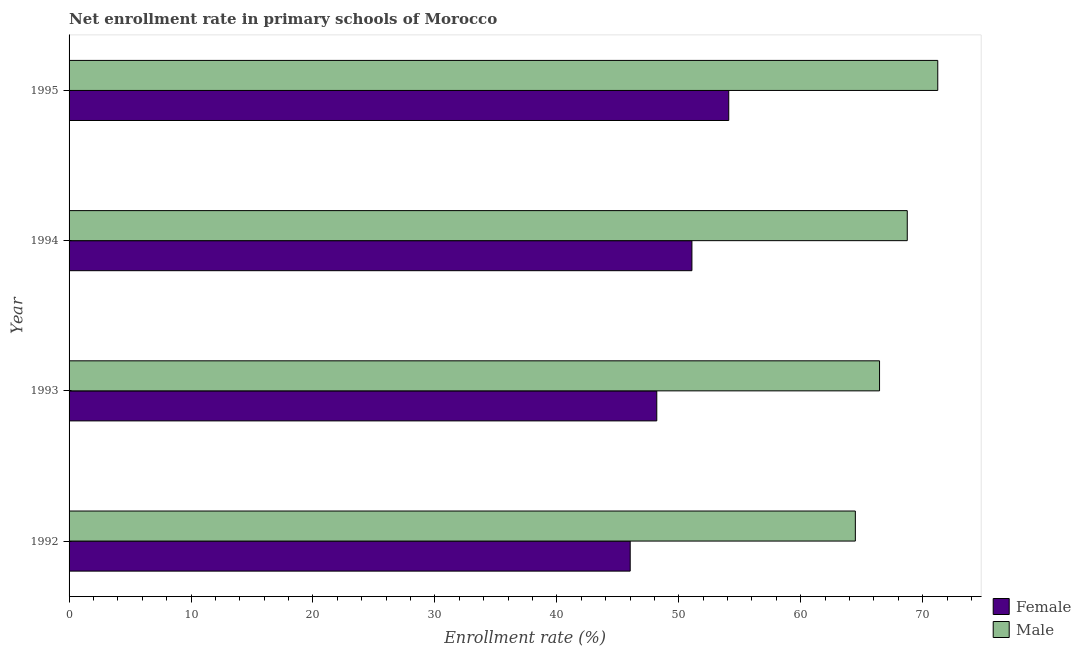
| Year | Female | Male |
 | --- | --- | --- |
 | 1992 | 46 | 64.5 |
 | 1993 | 48.2 | 66.5 |
 | 1994 | 51.1 | 68.7 |
 | 1995 | 54.1 | 71.2 |